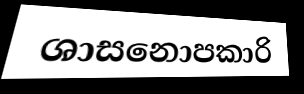
ශාසනොපකාරි